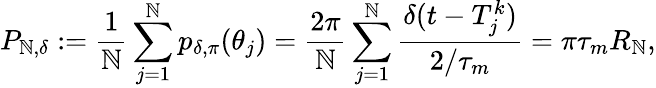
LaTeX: P_{\mathbb{N},\delta}:=\frac{1}{\mathbb{N}}\sum_{j=1}^{\mathbb{N}}p_{\delta,\pi}(\theta_{j})=\frac{{2\pi}}{\mathbb{N}}\sum_{j=1}^{\mathbb{N}}\frac{{\delta(t-T_{j}^{k})}}{{2/\tau_{m}}}=\pi\tau_{m}R_{\mathbb{N}},